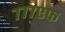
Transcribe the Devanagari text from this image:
७७७एफ